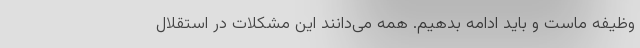
وظیفه ماست و باید ادامه بدهیم. همه می‌دانند این مشکلات در استقلال